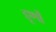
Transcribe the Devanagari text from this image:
हूर्णों